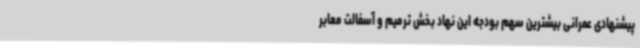
پیشنهادی عمرانی بیشترین سهم بودجه این نهاد بخش ترمیم و آسفالت معابر